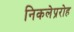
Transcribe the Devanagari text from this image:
निकलेप्ररोह